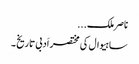
ناصر ملک...
ساہیوال کی مختصر اَدبی تاریخ ۔